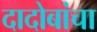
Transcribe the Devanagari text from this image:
दादोबांचा